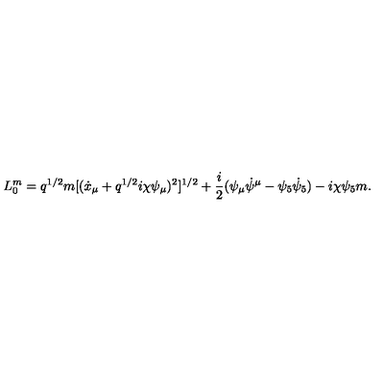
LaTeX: L _ { 0 } ^ { m } = q ^ { 1 / 2 } m [ ( \dot { x } _ { \mu } + q ^ { 1 / 2 } i \chi \psi _ { \mu } ) ^ { 2 } ] ^ { 1 / 2 } + \frac { i } { 2 } ( \psi _ { \mu } \dot { \psi } ^ { \mu } - \psi _ { 5 } \dot { \psi } _ { 5 } ) - i \chi \psi _ { 5 } m .